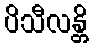
ပိသီလန္တိ